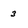
Character: 3